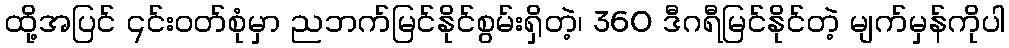
ထို့အပြင် ၎င်းဝတ်စုံမှာ ညဘက်မြင်နိုင်စွမ်းရှိတဲ့၊ 360 ဒီဂရီမြင်နိုင်တဲ့ မျက်မှန်ကိုပါ